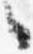
々